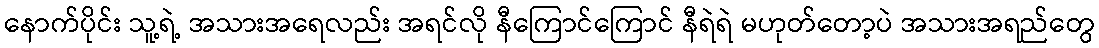
နောက်ပိုင်း သူ့ရဲ့ အသားအရေလည်း အရင်လို နီကြောင်ကြောင် နီရဲရဲ မဟုတ်တော့ပဲ အသားအရည်တွေ